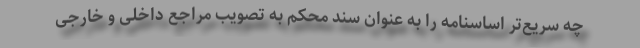
چه سریع‌تر اساسنامه را به عنوان سند محکم به تصویب مراجع داخلی و خارجی